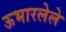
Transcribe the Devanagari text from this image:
ऊभारलेले